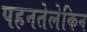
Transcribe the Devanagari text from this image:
पहनतेलेकिन